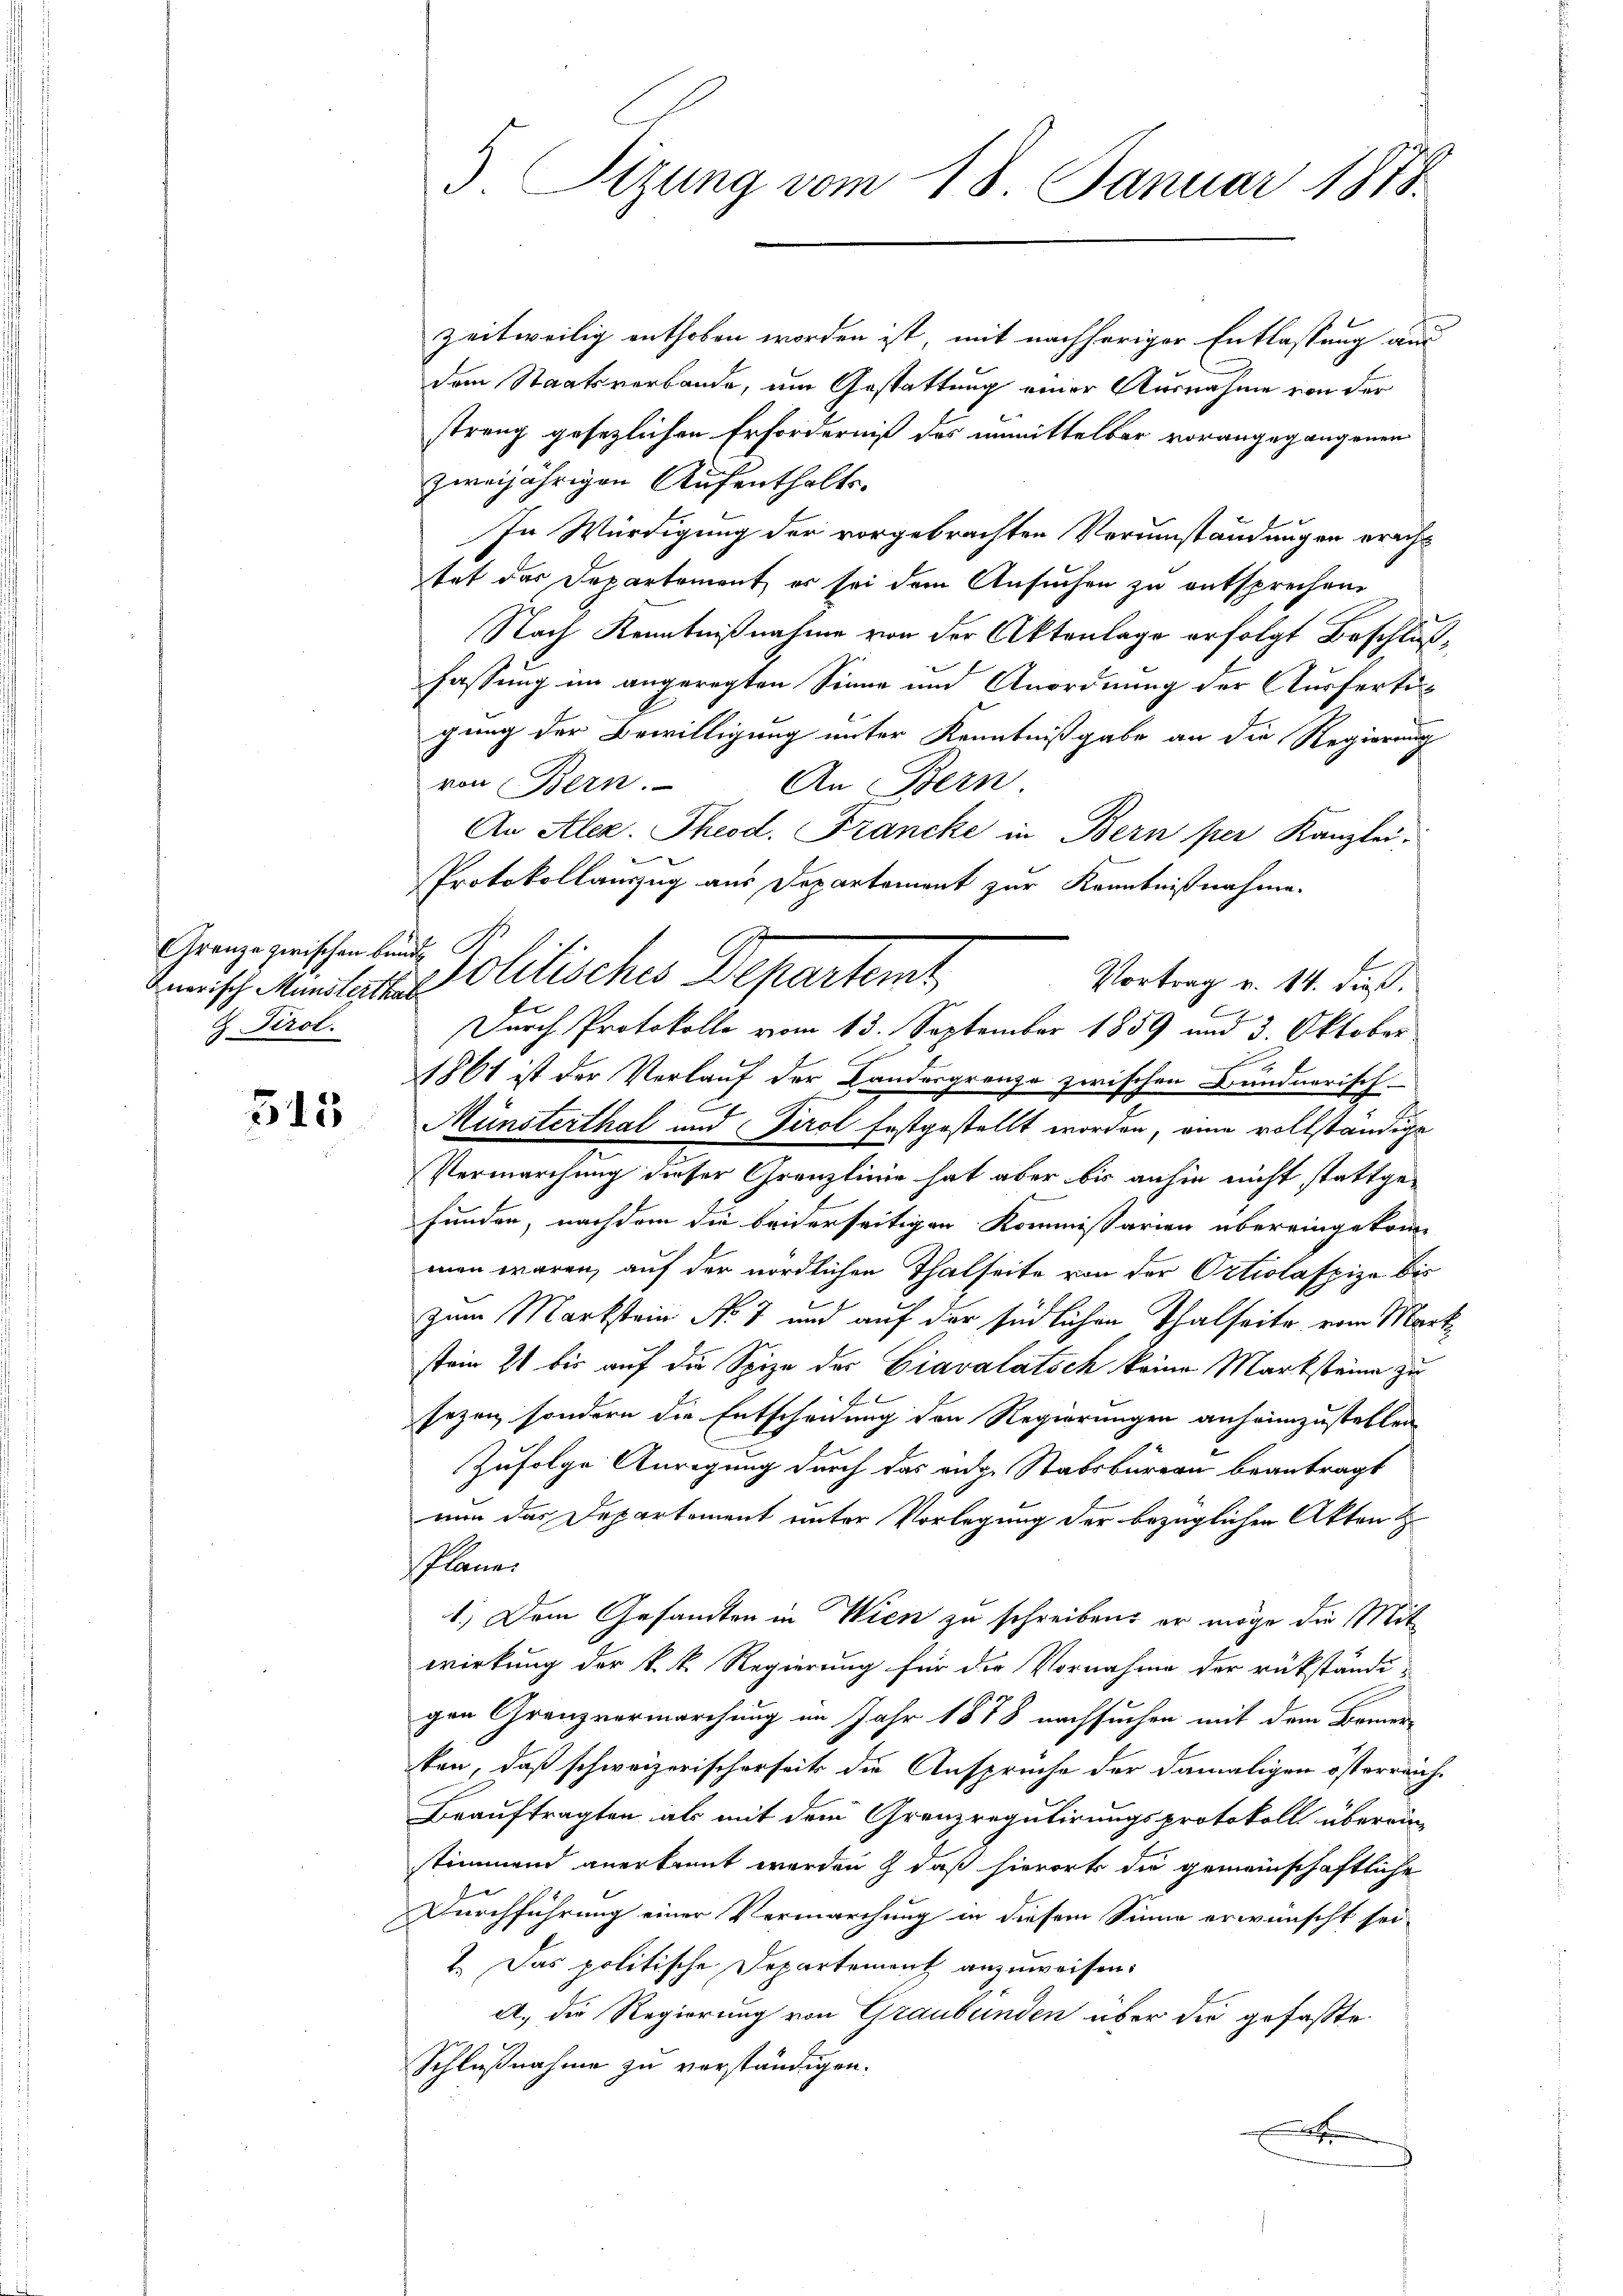
Grenze zwischen Bunde
Z Tirol.

515

5 Tizung vom 18. Januar 1818.

zeitweilig enthoben worden ist, mit nachheriger Entlassung aus
dem Staatsverbande, um Gestattung einer Ausnahme von der
streng gesezlichen Erforderniß des unmittelbar vorangegangenen
zweijährigen Aufenthalts-
In Würdigung der vorgebrachten Verumständungen eracht
tet der Departement, er sei dem Ansuchen zu entsprechen
Nach Kenntnißnahme von der Aktenlage erfolgt Beschlußfassung im angeregten Sinne und Anordnung der Ausfertigung der Bewilligung unter Kenntnißgabe an die Regierung
von Bern. An Bern
An Alez. Theod. Francke in Bern per Kanzlei-
Protokollauszug aus Departement zur Kenntnißnahme.
1861 ist der Verlauf der Landesgrenze zwischen Bundnerisch.
Münsterthal und Tirol festgestellt worden, eine vollständige
Vermarchung dieser Grenzlinie hat aber bis anhin nicht stattgefunden, nachdem die beiderseitigen Kommissarien übereingekom-
men waren, auf der nördlichen Thalseite von der Ortiolafzize bis
zum Markstein Nr. 7 und auf der südlichen Thalseite vom Markstein 2 bis auf die Spize der Giavalatsch keine Marksteine zu
sezen, sondern die Entscheidung den Regierungen anheimzustellen
Zufolge Anregung durch das eidg. Stabsbureau beantragt
nun das Departement unter Vorlegung der bezüglichen Akten
Planer
1.) Dem Gesandten in Wien zu schreiben, er möge die Mitwirkung der k. k. Regierung für die Vornahme der rükständi-
gen Granzvermarchung im Jahr 1878 nachsuchen mit dem Bemerken, daß schweizerischerseits die Ansprüche der damaligen österreich¬
Beauftragten als mit dem Granzregulirungsprotokoll überein-
stimmend anerkannt werden, daß hierort die gemeinschaftliche
Durchführung einer Vermarchung in diesem Sinne erwünscht sei-
1. Das politische Departement anzuweisen.
A. die Regierung von Graubünden über die gefaßte
Schlußnahme zu verständigen.
e

misch Munitatis Politisches Departemt
Vortrag v. 14. dieß.
C
Durch Protokolle vom 13. September 1859 und 3. Oktober